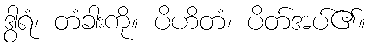
ဒွါရံ၊ တံခါးကို။ ပိဟိတံ၊ ပိတ်အပ်၏။